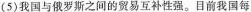
(5)我国与俄罗斯之间的贸易互补性强。目前我国每